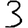
Digit: 3